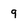
Character: 9